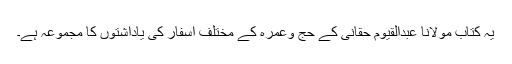
یہ کتاب مولانا عبدالقیوم حقانی کے حج وعمرہ کے مختلف اسفار کی یاداشتوں کا مجموعہ ہے۔